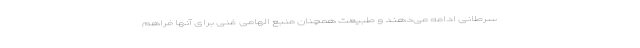
سرطانی ادامه می‌دهند و طبیعت همچنان منبع الهامی غنی برای آنها فراهم